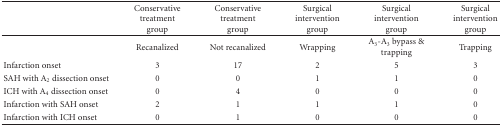
|  | Conservative treatment group | Conservative treatment group | Surgical intervention group | Surgical intervention group | Surgical intervention group |
 | --- | --- | --- | --- | --- | --- |
 |  | Recanalized | Not recanalized | Wrapping | A3-A3 bypass & trapping | Trapping |
 | Infarction onset | 3 | 17 | 2 | 5 | 3 |
 | SAH with A2 dissection onset | 0 | 0 | 1 | 1 | 0 |
 | ICH with A4 dissection onset | 0 | 4 | 0 | 0 | 0 |
 | Infarction with SAH onset | 2 | 1 | 1 | 1 | 0 |
 | Infarction with ICH onset | 0 | 1 | 0 | 0 | 0 |